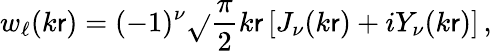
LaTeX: w_{\ell}(k\mathsf{r})=(-1)^{\nu}\sqrt{}{{\frac{{\pi}}{{2}}k\mathsf{r}}}\left[J_{\nu}(k\mathsf{r})+iY_{\nu}(k\mathsf{r})\right]\, ,